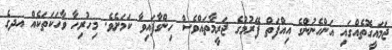
ޖަމައީގޮތެއްގައި އަންހެނުންގެ އިއްފަތް ފޭރުމުގެ ޖަރީމާތައްވެސް ހިންގާފައިވާ ކަމަށެވެ. މިހުރިހާ ވާހަކަތަކެއް އދގެ